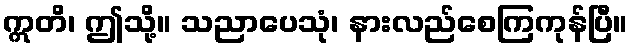
ဣတိ၊ ဤသို့။ သညာပေသုံ၊ နားလည်စေကြကုန်ပြီ။